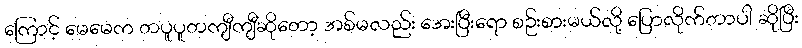
ကြောင့် မေမေက တပူပူတကျီကျီဆိုတော့ အစ်မလည်း အေးပြီးရော စဉ်းစားမယ်လို့ ပြောလိုက်တာပါ ဆိုပြီး